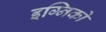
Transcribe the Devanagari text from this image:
इग्निको